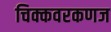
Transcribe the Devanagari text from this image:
चिक्कवरकणज